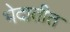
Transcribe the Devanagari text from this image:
भेदातीत